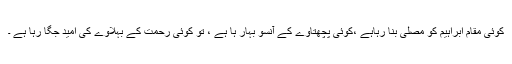
کوئی مقام ابراہیم کو مصلی ٰبنا رہاہے ،کوئی پچھتاوے کے آنسو بہار ہا ہے ، تو کوئی رحمت کے بہلاوے کی امید جگا رہا ہے ۔